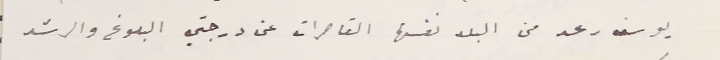
يوسف رعد من البلد نفسها القاصرات عن درجتي البلوغ والرشد